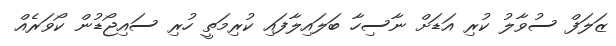
ޒަލަފް ސުވާލު ކުރި އަޑަށް ނާސިހާ ބަލައިލާފައި ކުރިމަތީ ހުރި ސައިޖޯޑުން ކޯވަރެއް